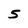
Character: 5